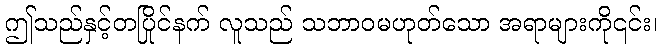
ဤသည်နှင့်တပြိုင်နက် လူသည် သဘာဝမဟုတ်သော အရာများကို၎င်း၊